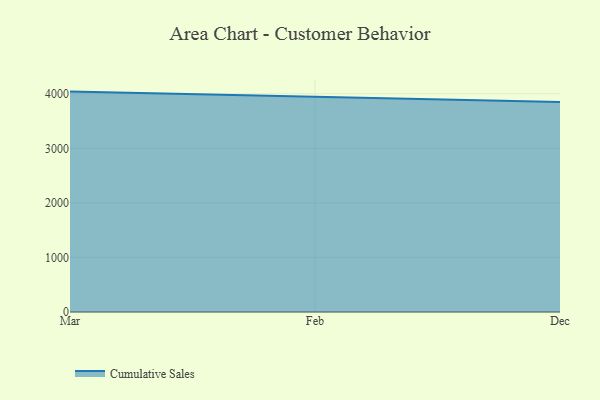
{"axis": {"x": "Month", "y": "Bounce Rate (%)"}, "legend": ["Cumulative Sales"], "data": [{"x": "Mar", "y": 4039.6, "type": "Cumulative Sales"}, {"x": "Feb", "y": 3944.4, "type": "Cumulative Sales"}, {"x": "Dec", "y": 3850.0, "type": "Cumulative Sales"}]}